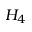
H _ { 4 }